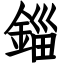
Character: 錙